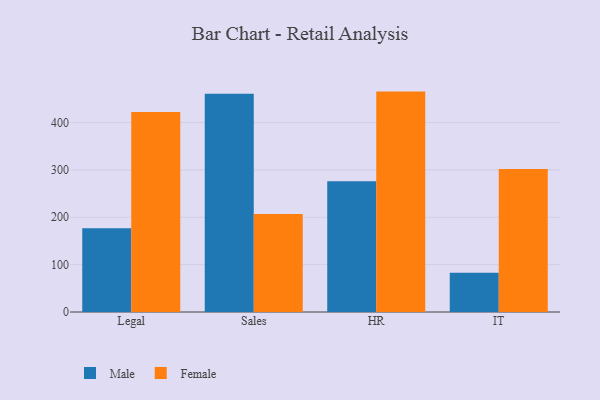
{"axis": {"x": "Department", "y": "Website Visitors"}, "legend": ["Female", "Male"], "data": [{"x": "Legal", "y": 177.0, "type": "Male"}, {"x": "Legal", "y": 422.2, "type": "Female"}, {"x": "Sales", "y": 461.0, "type": "Male"}, {"x": "Sales", "y": 206.8, "type": "Female"}, {"x": "HR", "y": 276.0, "type": "Male"}, {"x": "HR", "y": 465.4, "type": "Female"}, {"x": "IT", "y": 82.8, "type": "Male"}, {"x": "IT", "y": 302.1, "type": "Female"}]}